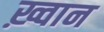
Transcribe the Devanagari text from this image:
ख़्वान